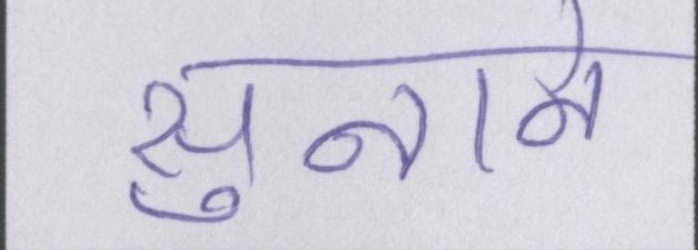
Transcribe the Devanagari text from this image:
सुनाने